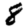
Digit: 8